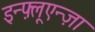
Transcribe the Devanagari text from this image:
इन्फ़्लूएन्ज़ा